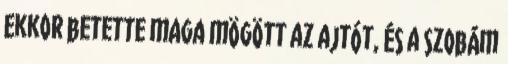
Ekkor betette maga mögött az ajtót, és a szobám